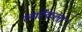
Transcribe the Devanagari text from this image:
रुमटेकला